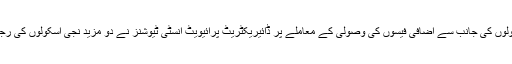
کراچی: پرائیویٹ اسکولوں کی جانب سے اضافی فیسوں کی وصولی کے معاملے پر ڈائیریکٹریٹ پرائیویٹ انسٹی ٹیوشنز نے دو مزید نجی اسکولوں کی رجسٹریشن معطل کردی۔